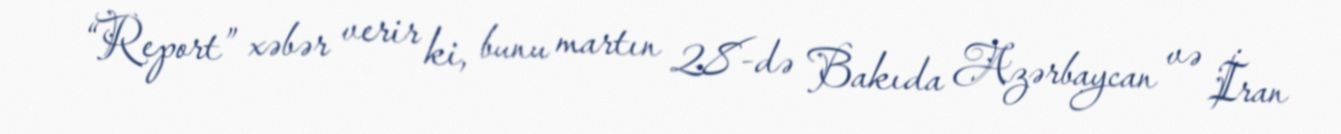
“Report” xəbər verir ki, bunu martın 28-də Bakıda Azərbaycan və İran